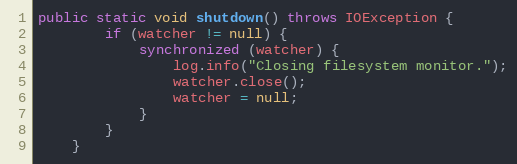
Language: Java
public static void shutdown() throws IOException {
        if (watcher != null) {
            synchronized (watcher) {
                log.info("Closing filesystem monitor.");
                watcher.close();
                watcher = null;
            }
        }
    }